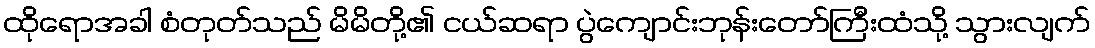
ထိုရောအခါ စံတုတ်သည် မိမိတို့၏ ငယ်ဆရာ ပွဲကျောင်းဘုန်းတော်ကြီးထံသို့ သွားလျက်